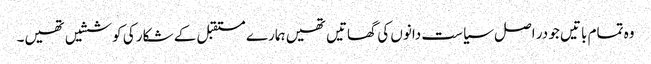
وہ تمام باتیں جو در اصل سیاست دانوں کی گھاتیں تھیں ہمارے مستقبل کے شکار کی کوششیں تھیں۔